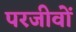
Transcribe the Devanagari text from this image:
परजीवों